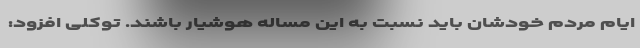
ایام مردم خودشان باید نسبت به این مساله هوشیار باشند. توکلی افزود: